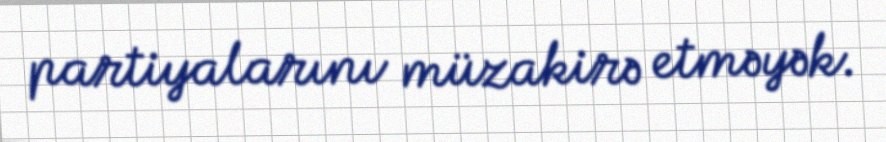
partiyalarını müzakirə etməyək.